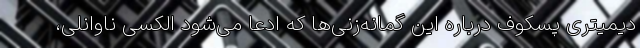
دیمیتری پسکوف درباره این گمانه‌زنی‌ها که ادعا می‌شود الکسی ناوانلی،